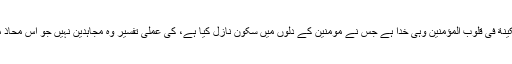
اور قرآن کی آیت: هو ‌الذى أنْزَلَ السَّکینةَ فى قُلوُبِ الْمُؤمِنینَ وہی خدا ہے جس نے مومنین کے دلوں میں سکون نازل کیا ہے، کی عملی تفسیر وہ مجاہدین نہیں جو اس محاذ میں دشمن کے خلاف نبرد آزما ہیں؟